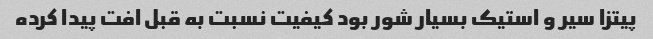
پیتزا سیر و استیک بسیار شور بود کیفیت نسبت به قبل افت پیدا کرده